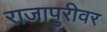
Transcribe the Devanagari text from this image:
राजापुरीवर